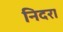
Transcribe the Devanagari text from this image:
निदरा